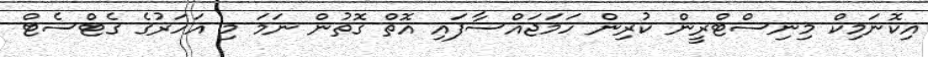
އިކޮނަމިކް މިނިސްޓްރީން ކުރިން ހަމަޖައްސާފައި އޮތް ގޮތުން ނަމަ މި އަހަރުގެ ގެޓްސެޓް